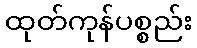
ထုတ်ကုန်ပစ္စည်း